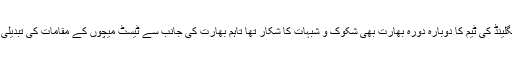
اس سے قبل ممبئی میں ہونے والے دہشت گردانہ حملوں کے بعد وطن واپس لوٹ جانے والی انگلینڈ کی ٹیم کا دوبارہ دورہ بھارت بھی شکوک و شبہات کا شکار تھا تاہم بھارت کی جانب سے ٹیسٹ میچوں کے مقامات کی تبدیلی اور سخت حفاظتی اقدمات کے بعد انگلش ٹیم ٹیسٹ سیریز کے لئے اب دوبارہ بھارت میں ہے۔